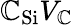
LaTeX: \mathbb{C}_{\mathrm{{{Si}}}}V_{\mathrm{{{\mathbb{C}}}}}